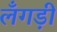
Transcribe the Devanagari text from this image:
लँगड़ी